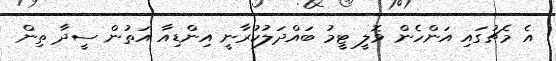
އެ މެޗުގައި އަންހެން ވޮލީ ޓީމު ބައްދަލުކުރާނީ އިންޑިއާ އަތުން ސީދާ ތިން